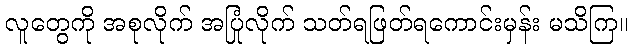
လူတွေကို အစုလိုက် အပြုံလိုက် သတ်ရဖြတ်ရကောင်းမှန်း မသိကြ။